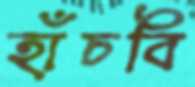
হাঁচবি